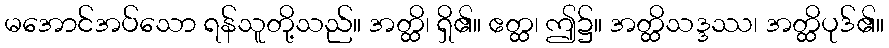
မအောင်အပ်သော ရန်သူတို့သည်။ အတ္ထိ၊ ရှိ၏။ ဧတ္ထ၊ ဤ၌။ အတ္ထိသဒ္ဒဿ၊ အတ္ထိပုဒ်၏။